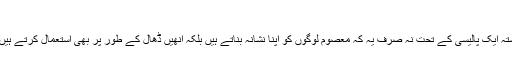
​
وہ بے رحم قاتل اور دہشت گرد جو دانستہ ايک پاليسی کے تحت نہ صرف يہ کہ معصوم لوگوں کو اپنا نشانہ بناتے ہيں بلکہ انھيں ڈھال کے طور پر بھی استعمال کرتے ہيں، وہ آپ کی مذمت کے اصل حقدار ہيں۔